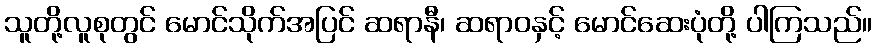
သူတို့လူစုတွင် မောင်သိုက်အပြင် ဆရာနီ၊ ဆရာဝနှင့် မောင်ဆေးပုံတို့ ပါကြသည်။